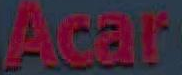
Acar